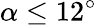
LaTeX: \alpha\leq 12^{\circ}